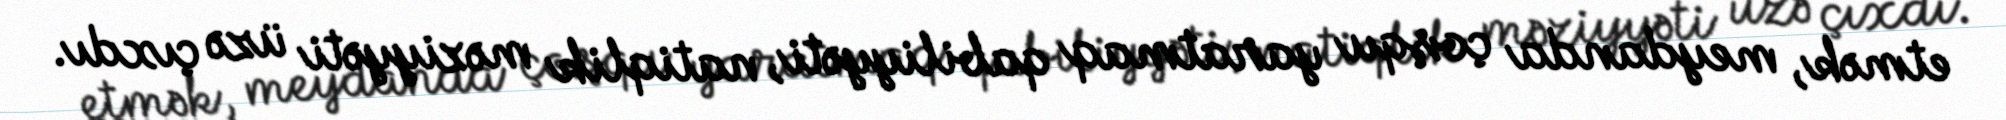
etmək, meydanda çoşqu yaratmaq qabiliyyəti, natiqlik məziyyəti üzə çıxdı.